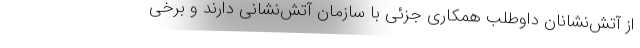
از آتش‌نشانان داوطلب همکاری جزئی با سازمان آتش‌نشانی دارند و برخی